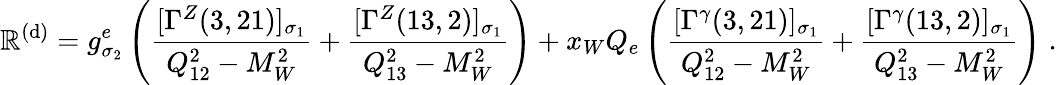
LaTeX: {\cal\mathbb{R}}^{(\mathrm{{d}})}=g_{\sigma_{2}}^{e}\left(\frac{{[\Gamma^{Z}(3,21)]_{\sigma_{1}}}}{{Q_{12}^{2}-M_{W}^{2}}}+\frac{{[\Gamma^{Z}(13,2)]_{\sigma_{1}}}}{{Q_{13}^{2}-M_{W}^{2}}}\right)+x_{W}Q_{e}\left(\frac{{[\Gamma^{\gamma}(3,21)]_{\sigma_{1}}}}{{Q_{12}^{2}-M_{W}^{2}}}+\frac{{[\Gamma^{\gamma}(13,2)]_{\sigma_{1}}}}{{Q_{13}^{2}-M_{W}^{2}}}\right)\; .